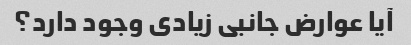
آیا عوارض جانبی زیادی وجود دارد؟